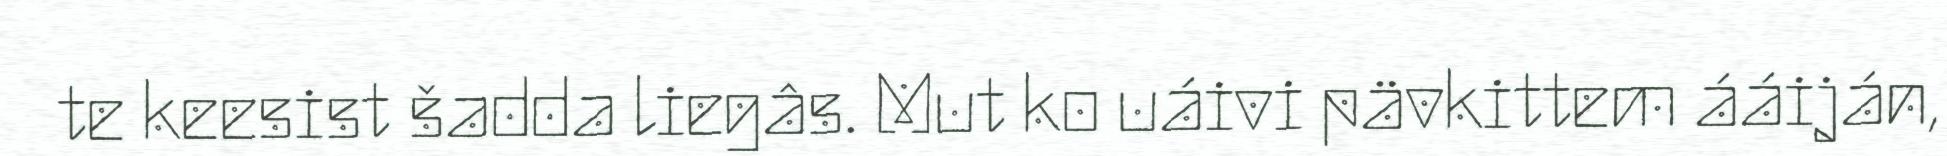
te keesist šadda liegâs. Mut ko uáivi pävkittem ááiján,